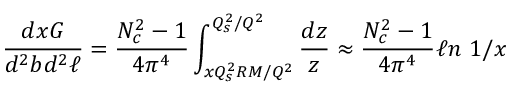
{ \frac { d x G } { d ^ { 2 } b d ^ { 2 } \ell } } = { \frac { N _ { c } ^ { 2 } - 1 } { 4 \pi ^ { 4 } } } \int _ { x Q _ { s } ^ { 2 } R M / Q ^ { 2 } } ^ { Q _ { s } ^ { 2 } / Q ^ { 2 } } { \frac { d z } { z } } \approx { \frac { N _ { c } ^ { 2 } - 1 } { 4 \pi ^ { 4 } } } \ell n \ 1 / x